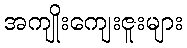
အကျိုးကျေးဇူးများ